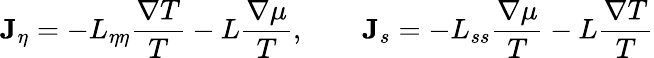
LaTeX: {\mathbf J}_{\eta}=-L_{\eta\eta}\frac{\nabla T}{T}-L\frac{\nabla\mu}{T},\qquad{\mathbf J}_{s}=-L_{ss}\frac{\nabla\mu}{T}-L\frac{\nabla T}{T}